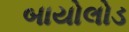
બાયોલોડ